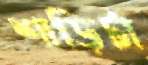
শাড়িটা